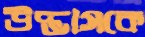
উদ্ভাসকে